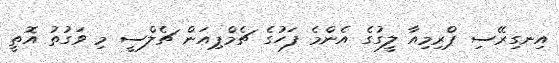
އިނގިރޭސި ޕްރިމިއާ ލީގުގެ އެންމެ ފަހުގެ ޗެމްޕިއަން ޗެލްސީ މި ވަގުތު އޮތީ